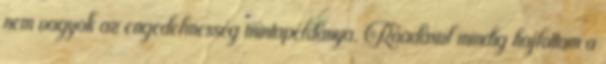
nem vagyok az engedelmesség mintapéldánya. Ráadásul mindig hajlottam a